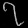
Digit: ၇